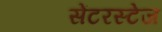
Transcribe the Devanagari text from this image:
सेंटरस्टेज